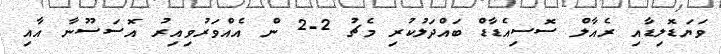
ވަޔަޑޮލިޑާއި ރެއާލް ސޮސިއެޑާޑް ބައްދަލުކުރި މެޗު 2-2 ން އެއްވަރުވިއިރު އޮސަސޫނާ އާއި